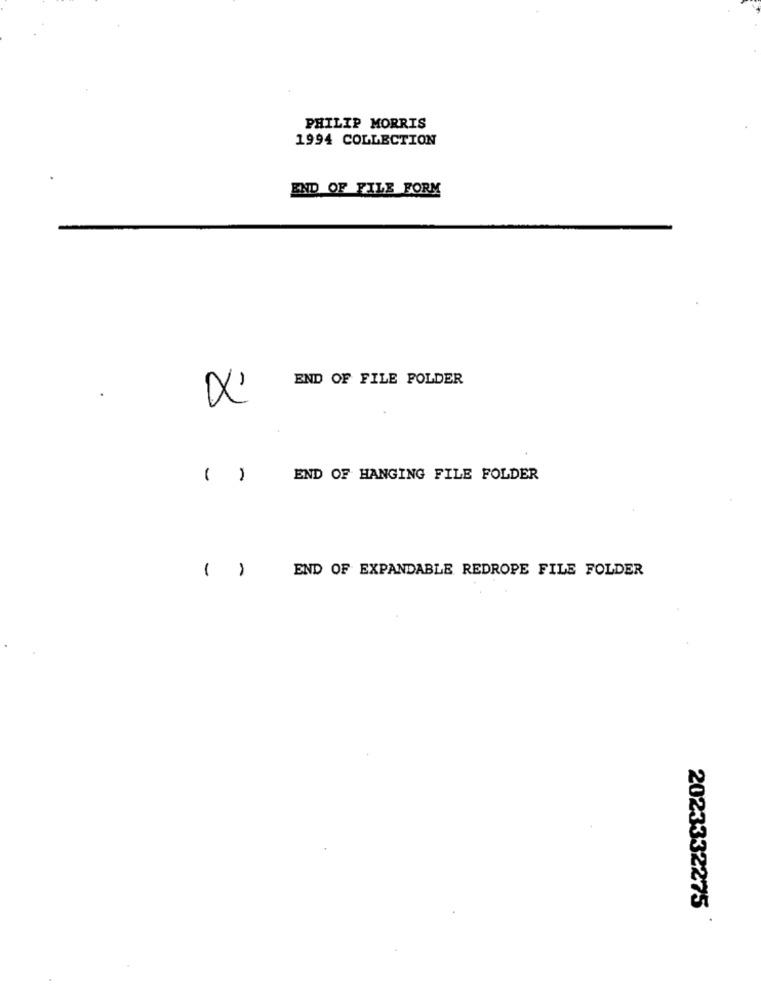
PHILIP MORRIS
1994 COLLECTION
END OF FILE FORM
END OF FILE FOLDER
X'
()
END OF HANGING FILE FOLDER
( )
END OF EXPANDABLE REDROPE FILE FOLDER
2023332275